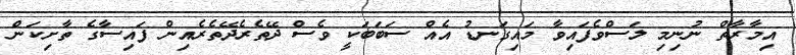
އިމާރާތް ނުނިމި ލަސްވެފައިވާ މައިގަނޑު އެއް ސަބަބަކީ ވެސް ދޭތެރެދޭތެރެއިން ފައިސާގެ ތާށިކަން